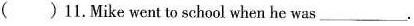
( )11.Mike went to school when he was ___.